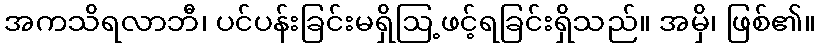
အကသိရလာဘီ၊ ပင်ပန်းခြင်းမရှိဩ့ဖင့်ရခြင်းရှိသည်။ အမှိ၊ ဖြစ်၏။